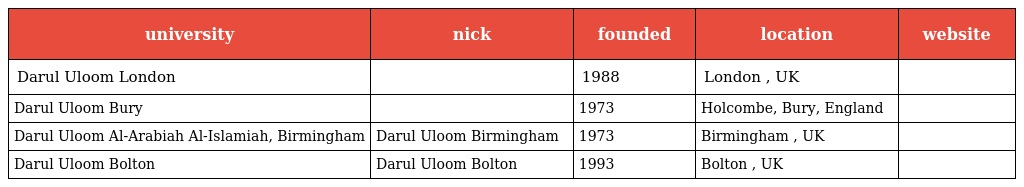
| university | nick | founded | location | website |
 | --- | --- | --- | --- | --- |
 | Darul Uloom London |  | 1988 | London , UK |  |
 | Darul Uloom Bury |  | 1973 | Holcombe, Bury, England |  |
 | Darul Uloom Al-Arabiah Al-Islamiah, Birmingham | Darul Uloom Birmingham | 1973 | Birmingham , UK |  |
 | Darul Uloom Bolton | Darul Uloom Bolton | 1993 | Bolton , UK |  |